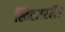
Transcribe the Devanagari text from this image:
स्विटजरर्लैंड